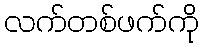
လက်တစ်ဖက်ကို